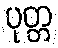
ပုတ္တ